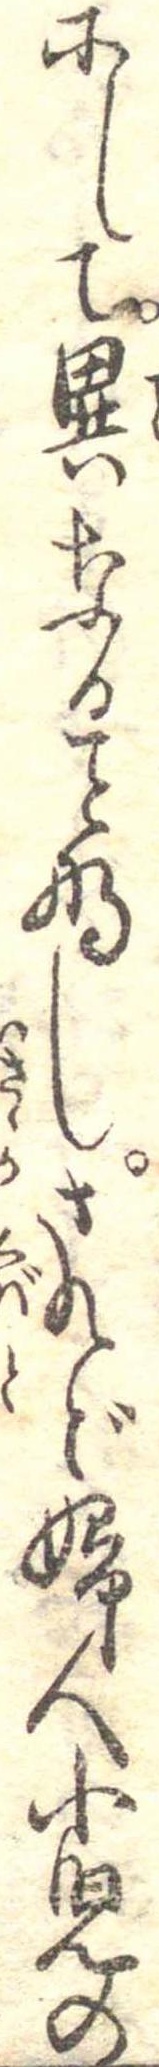
にして異なるなしされど婦人小児の